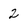
Character: 2